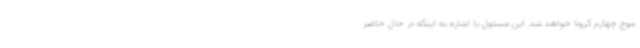
موج چهارم کرونا خواهد شد. این مسئول با اشاره به اینکه در حال حاضر